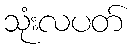
သုံးလပတ်